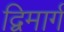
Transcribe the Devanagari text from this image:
द्विमार्ग